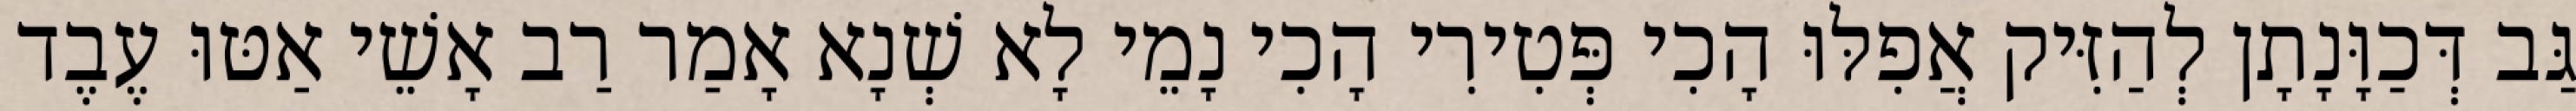
גַּב דְּכַוָּנָתָן לְהַזִּיק אֲפִלּוּ הָכִי פְּטִירִי הָכִי נָמֵי לָא שְׁנָא אָמַר רַב אָשֵׁי אַטּוּ עֶבֶד